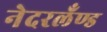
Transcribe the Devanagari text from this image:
नेदरलँण्ड